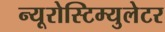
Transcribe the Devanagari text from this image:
न्यूरोस्टिम्युलेटर